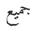
جمیع